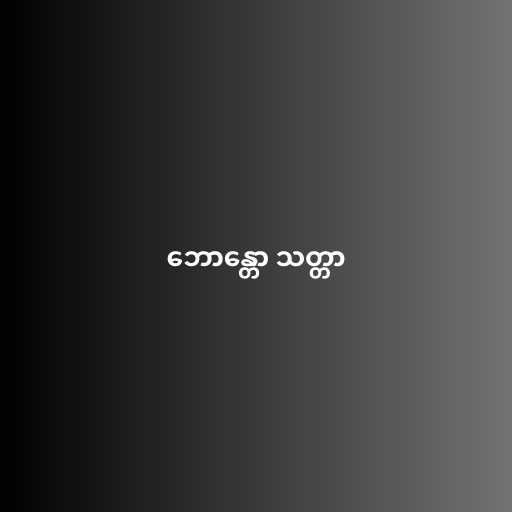
ဘောန္တော သတ္တာ